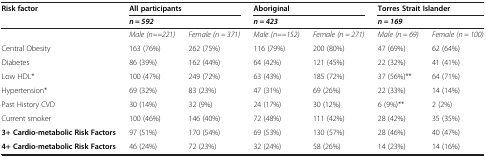
| Risk factor | <COLSPAN=2> All participants | <COLSPAN=2> Aboriginal | <COLSPAN=2> Torres Strait Islander |
 |  | <COLSPAN=2> n = 592 | <COLSPAN=2> n = 423 | <COLSPAN=2> n = 169 |
 | --- | --- | --- | --- | --- | --- | --- |
 |  | Male (n==221) | Female (n = 371) | Male (n==152) | Female (n = 271) | Male (n = 69) | Female (n = 100) |
 | Central Obesity | 163 (76%) | 262 (75%) | 116 (79%) | 200 (80%) | 47 (69%) | 62 (64%) |
 | Diabetes | 86 (39%) | 162 (44%) | 64 (42%) | 121 (45%) | 22 (32%) | 41 (41%) |
 | Low HDL* | 100 (47%) | 249 (72%) | 63 (43%) | 185 (72%) | 37 (56%)** | 64 (71%) |
 | Hypertension* | 69 (32%) | 83 (23%) | 47 (31%) | 69 (26%) | 22 (33%) | 14 (14%) |
 | Past History CVD | 30 (14%) | 32 (9%) | 24 (17%) | 30 (12%) | 6 (9%)** | 2 (2%) |
 | Current smoker | 100 (46%) | 146 (40%) | 72 (48%) | 111 (42%) | 28 (42%) | 35 (35%) |
 | 3+ Cardio-metabolic Risk Factors | 97 (51%) | 170 (54%) | 69 (53%) | 130 (57%) | 28 (46%) | 40 (47%) |
 | 4+ Cardio-metabolic Risk Factors | 46 (24%) | 72 (23%) | 32 (24%) | 58 (26%) | 14 (23%) | 14 (16%) |